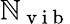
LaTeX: \mathbb{N}_{\mathrm{{~v~i~b~}}}